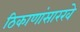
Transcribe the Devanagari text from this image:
ठिकाणांसारखे